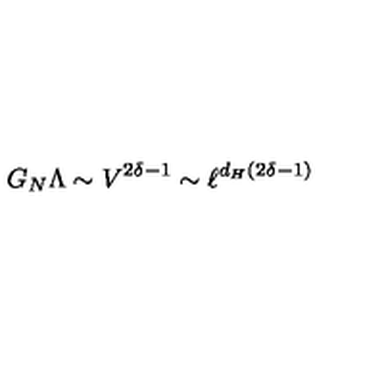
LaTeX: G _ { N } \Lambda \sim V ^ { 2 \delta - 1 } \sim \ell ^ { d _ { H } ( 2 \delta - 1 ) }